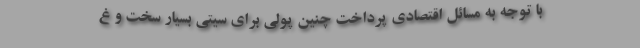
با توجه به مسائل اقتصادی پرداخت چنین پولی برای سیتی بسیار سخت و غ